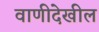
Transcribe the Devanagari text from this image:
वाणीदेखील